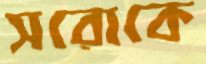
সরোকে